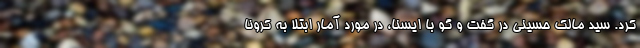
کرد. سید مالک حسینی در گفت و گو با ایسنا، در مورد آمار ابتلا به کرونا